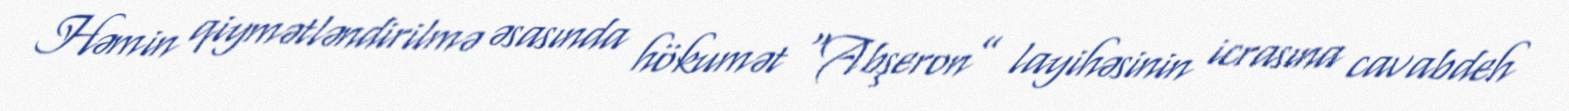
Həmin qiymətləndirilmə əsasında hökumət “Abşeron” layihəsinin icrasına cavabdeh